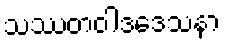
သဿတဝါဒဒေသနာ